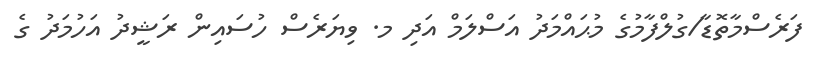
ފަރެސްމާތޮޑާ/ގުލްފާމުގެ މުޙައްމަދު އަސްލަމް އަދި މ. ވިޔަރެސް ހުސައިން ރަޝީދު އަހުމަދު ގެ